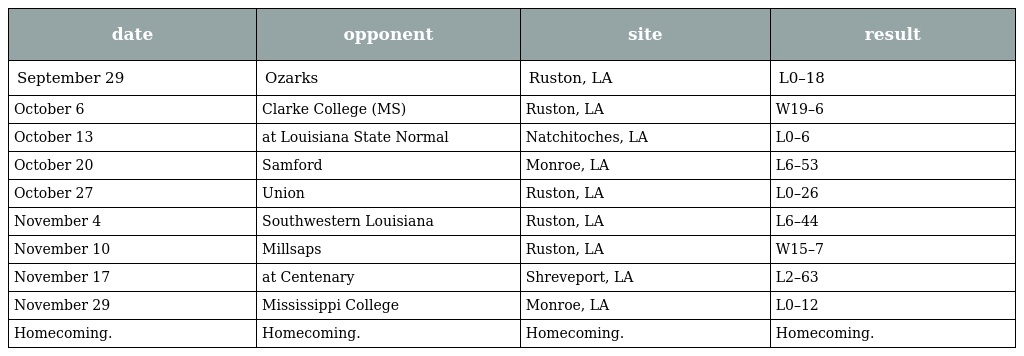
| date | opponent | site | result |
 | --- | --- | --- | --- |
 | September 29 | Ozarks | Ruston, LA | L0–18 |
 | October 6 | Clarke College (MS) | Ruston, LA | W19–6 |
 | October 13 | at Louisiana State Normal | Natchitoches, LA | L0–6 |
 | October 20 | Samford | Monroe, LA | L6–53 |
 | October 27 | Union | Ruston, LA | L0–26 |
 | November 4 | Southwestern Louisiana | Ruston, LA | L6–44 |
 | November 10 | Millsaps | Ruston, LA | W15–7 |
 | November 17 | at Centenary | Shreveport, LA | L2–63 |
 | November 29 | Mississippi College | Monroe, LA | L0–12 |
 | Homecoming. | Homecoming. | Homecoming. | Homecoming. |